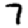
Digit: 7